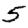
Digit: 5